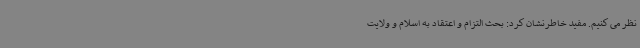
نظر می کنیم. مفید خاطرنشان کرد: بحث التزام و اعتقاد به اسلام و ولایت